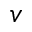
_ v